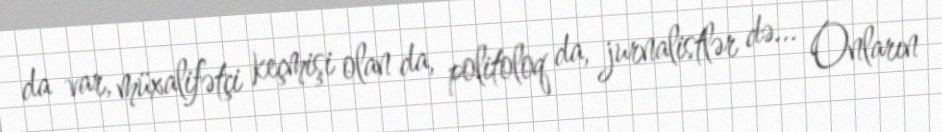
da var, müxalifətçi keçmişi olan da, politoloq da, jurnalistlər də... Onların